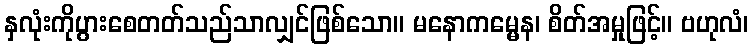
နှလုံးကိုပွားစေတတ်သည်သာလျှင်ဖြစ်သော။ မနောကမ္မေန၊ စိတ်အမှုဖြင့်။ ဗဟုလံ၊